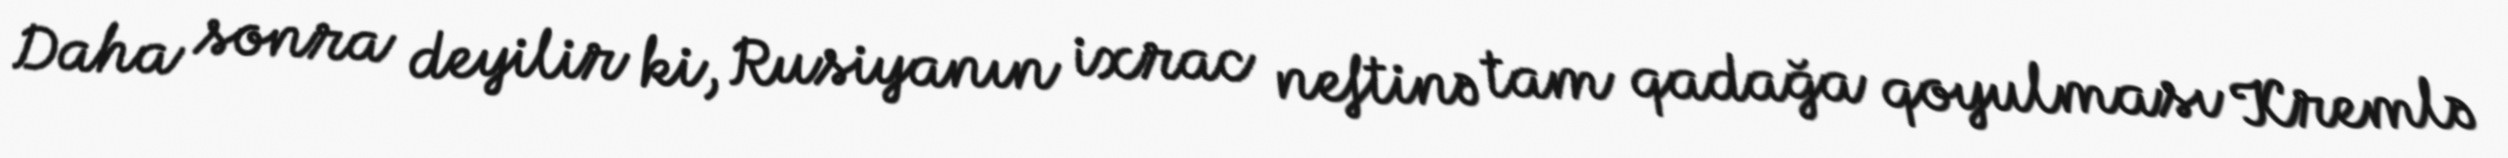
Daha sonra deyilir ki, Rusiyanın ixrac neftinə tam qadağa qoyulması Kremlə